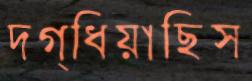
দগ্ধিয়াছিস